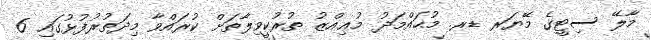
މާލޭ ސިޓީގެ މޭޔަރ ޑރ. މުޙައްމަދު މުޢިއްޒު ތުރުކީވިލާތަށް ކުރައްވާ މިދަތުރުފުޅުގައި 6